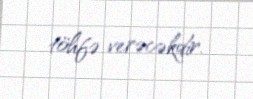
töhfə verəcəkdir.